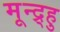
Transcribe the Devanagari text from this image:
मून्द्र्हु